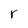
Character: r